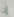
إن